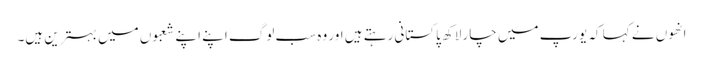
انھوں نے کہا کہ یورپ میں چار لاکھ پاکستانی رہتے ہیں اور وہ سب لوگ اپنے اپنے شعبوں میں بہترین ہیں۔